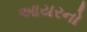
આયરનો